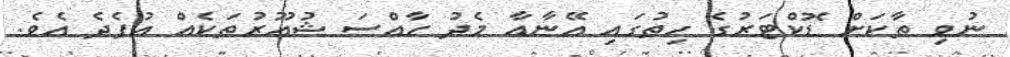
ނުވި ތާކަށް ޑޮކްޓަރުގެ ހިތުގައި އޭނާއާ މެދު ހާއްސަ ޝުއޫރުތަކެއް އުފެދެ އެވެ.